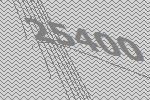
25400